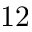
1 2